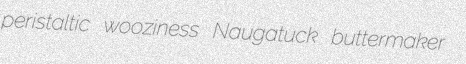
peristaltic wooziness Naugatuck buttermaker